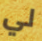
لي